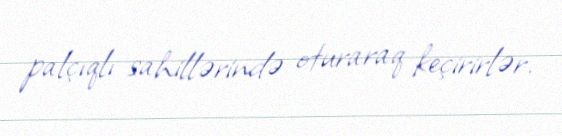
palçıqlı sahillərində oturaraq keçirirlər.